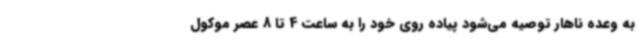
به وعده ناهار توصیه می‌شود پیاده روی خود را به ساعت 4 تا 8 عصر موکول